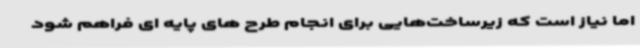
اما نیاز است که زیرساخت‌هایی برای انجام طرح های پایه ای فراهم شود